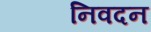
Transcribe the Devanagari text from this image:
निवदन